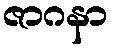
ဇာဂနာ